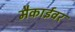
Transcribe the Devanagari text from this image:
मैकाईवर